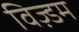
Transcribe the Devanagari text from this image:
विज़्डम